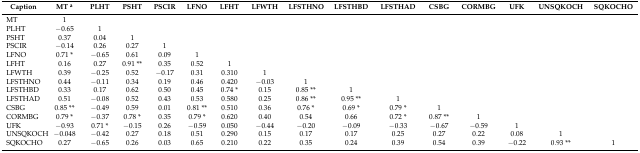
<table><thead><tr><td><b>Caption</b></td><td><b>MT <sup>a</sup></b></td><td><b>PLHT</b></td><td><b>PSHT</b></td><td><b>PSCIR</b></td><td><b>LFNO</b></td><td><b>LFHT</b></td><td><b>LFWTH</b></td><td><b>LFSTHNO</b></td><td><b>LFSTHBD</b></td><td><b>LFSTHAD</b></td><td><b>CSBG</b></td><td><b>CORMBG</b></td><td><b>UFK</b></td><td><b>UNSQKOCH</b></td><td><b>SQKOCHO</b></td></tr></thead><tbody><tr><td>MT</td><td>1</td><td></td><td></td><td></td><td></td><td></td><td></td><td></td><td></td><td></td><td></td><td></td><td></td><td></td><td></td></tr><tr><td>PLHT</td><td>−0.65</td><td>1</td><td></td><td></td><td></td><td></td><td></td><td></td><td></td><td></td><td></td><td></td><td></td><td></td><td></td></tr><tr><td>PSHT</td><td>0.37</td><td>0.04</td><td>1</td><td></td><td></td><td></td><td></td><td></td><td></td><td></td><td></td><td></td><td></td><td></td><td></td></tr><tr><td>PSCIR</td><td>−0.14</td><td>0.26</td><td>0.27</td><td>1</td><td></td><td></td><td></td><td></td><td></td><td></td><td></td><td></td><td></td><td></td><td></td></tr><tr><td>LFNO</td><td>0.71 *</td><td>−0.65</td><td>0.61</td><td>0.09</td><td>1</td><td></td><td></td><td></td><td></td><td></td><td></td><td></td><td></td><td></td><td></td></tr><tr><td>LFHT</td><td>0.16</td><td>0.27</td><td>0.91 **</td><td>0.35</td><td>0.52</td><td>1</td><td></td><td></td><td></td><td></td><td></td><td></td><td></td><td></td><td></td></tr><tr><td>LFWTH</td><td>0.39</td><td>−0.25</td><td>0.52</td><td>−0.17</td><td>0.31</td><td>0.310</td><td>1</td><td></td><td></td><td></td><td></td><td></td><td></td><td></td><td></td></tr><tr><td>LFSTHNO</td><td>0.44</td><td>−0.11</td><td>0.34</td><td>0.19</td><td>0.46</td><td>0.420</td><td>−0.03</td><td>1</td><td></td><td></td><td></td><td></td><td></td><td></td><td></td></tr><tr><td>LFSTHBD</td><td>0.33</td><td>0.17</td><td>0.62</td><td>0.50</td><td>0.45</td><td>0.74 *</td><td>0.15</td><td>0.85 **</td><td>1</td><td></td><td></td><td></td><td></td><td></td><td></td></tr><tr><td>LFSTHAD</td><td>0.51</td><td>−0.08</td><td>0.52</td><td>0.43</td><td>0.53</td><td>0.580</td><td>0.25</td><td>0.86 **</td><td>0.95 **</td><td>1</td><td></td><td></td><td></td><td></td><td></td></tr><tr><td>CSBG</td><td>0.85 **</td><td>−0.49</td><td>0.59</td><td>0.01</td><td>0.81 **</td><td>0.510</td><td>0.36</td><td>0.76 *</td><td>0.69 *</td><td>0.79 *</td><td>1</td><td></td><td></td><td></td><td></td></tr><tr><td>CORMBG</td><td>0.79 *</td><td>−0.37</td><td>0.78 *</td><td>0.35</td><td>0.79 *</td><td>0.620</td><td>0.40</td><td>0.54</td><td>0.66</td><td>0.72 *</td><td>0.87 **</td><td>1</td><td></td><td></td><td></td></tr><tr><td>UFK</td><td>−0.93</td><td>0.71 *</td><td>−0.15</td><td>0.26</td><td>−0.59</td><td>0.050</td><td>−0.44</td><td>−0.20</td><td>−0.09</td><td>−0.33</td><td>−0.67</td><td>−0.59</td><td>1</td><td></td><td></td></tr><tr><td>UNSQKOCH</td><td>−0.048</td><td>−0.42</td><td>0.27</td><td>0.18</td><td>0.51</td><td>0.290</td><td>0.15</td><td>0.17</td><td>0.17</td><td>0.25</td><td>0.27</td><td>0.22</td><td>0.08</td><td>1</td><td></td></tr><tr><td>SQKOCHO</td><td>0.27</td><td>−0.65</td><td>0.26</td><td>0.03</td><td>0.65</td><td>0.210</td><td>0.22</td><td>0.35</td><td>0.24</td><td>0.39</td><td>0.54</td><td>0.39</td><td>−0.22</td><td>0.93 **</td><td>1</td></tr></tbody></table>